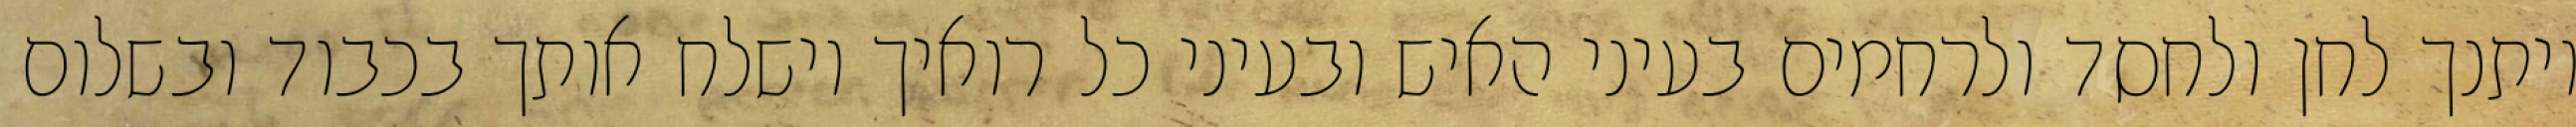
ויתנך לחן ולחסד ולרחמים בעיני האיש ובעיני כל רואיך וישלח אותך בכבוד ובשלום